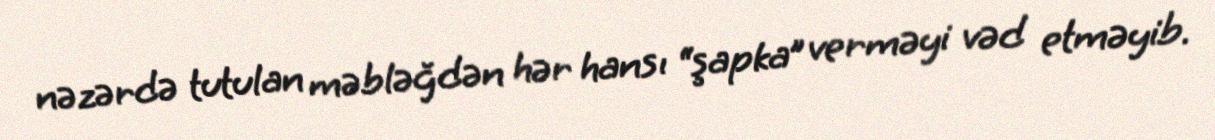
nəzərdə tutulan məbləğdən hər hansı “şapka” verməyi vəd etməyib.